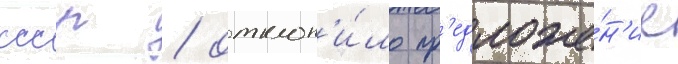
ссср / отклон'и́ло пр'едложе́н'ие